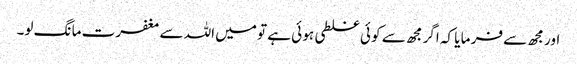
اور مجھ سے فر ما یا کہ اگر مجھ سے کو ئی غلطی ہو ئی ہے تو میں اللہ سے مغفرت ما نگ لو۔